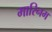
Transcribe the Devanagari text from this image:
मारिनम